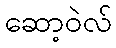
ဆော့ဝဲလ်